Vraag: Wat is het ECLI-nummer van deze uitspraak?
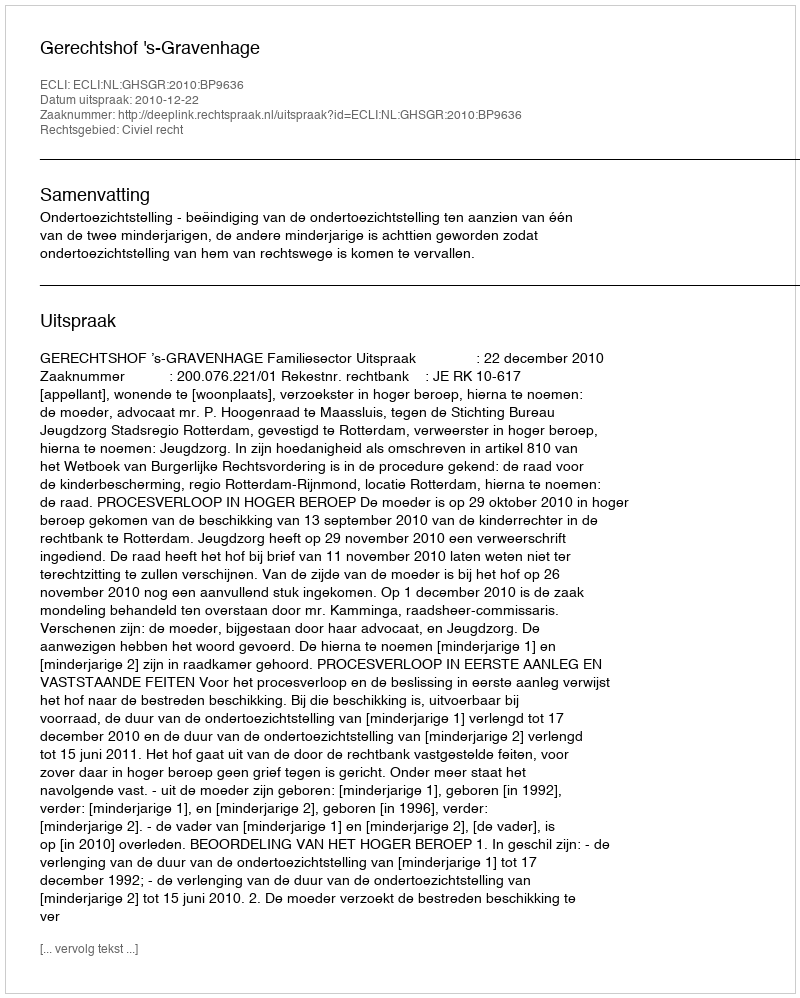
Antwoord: ECLI:NL:GHSGR:2010:BP9636